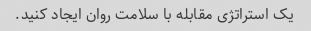
یک استراتژی مقابله با سلامت روان ایجاد کنید.